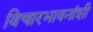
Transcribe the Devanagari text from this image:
विचारभावनांशी